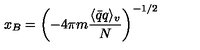
x _ { B } = \left( - 4 \pi m \frac { \langle \bar { q } q \rangle _ { v } } { N } \right) ^ { - 1 / 2 }